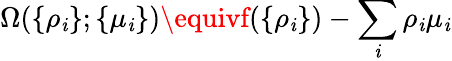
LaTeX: \Omega(\{ \rho_{\mathit{i}}\} ;\{ \mu_{\mathit{i}}\} )\equivf(\{ \rho_{\mathit{i}}\} )-\sum_{\mathit{i}}\rho_{\mathit{i}}\mu_{\mathit{i}}